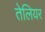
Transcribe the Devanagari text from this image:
तेलियर